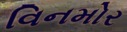
વિનમોર